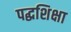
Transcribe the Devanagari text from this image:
पद्धशिक्षा